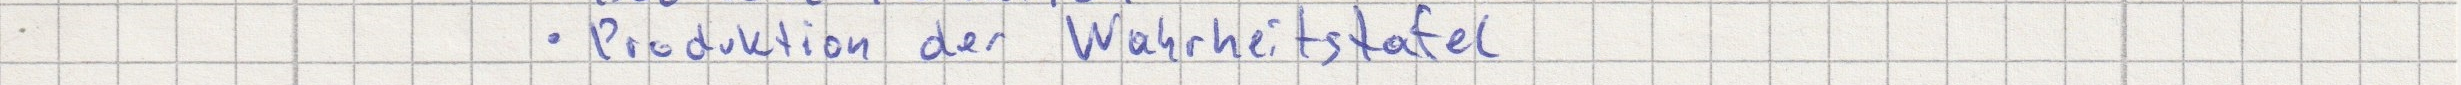
- Produktion der Wahrheitstafel